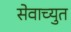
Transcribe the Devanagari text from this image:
सेवाच्युत